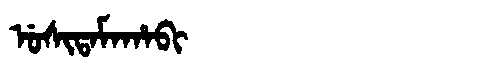
Manchu: ᡠᠰᡳᡨᠠᠮᠠᡥᠠᠪᡳ
Romanization: USITAMAHABI